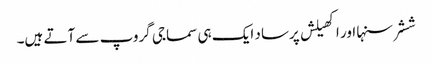
ششر سنہا اور اکھیلش پرساد ایک ہی سماجی گروپ سے آتے ہیں۔